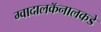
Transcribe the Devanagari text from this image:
ग्वादालकॅनालकडे